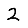
Digit: 2